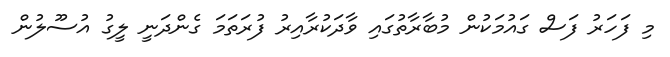
މި ފަހަރު ފަސް ގައުމަކުން މުބާރާތުގައި ވާދަކުރާއިރު ފުރަތަމަ ގެންދަނީ ލީގު އުސޫލުން